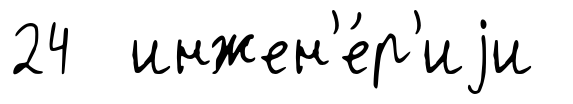
24 инжен'е́р'иjи